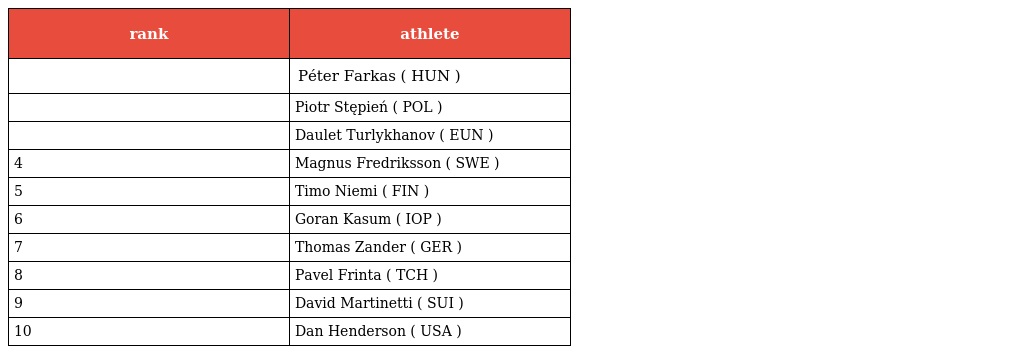
| rank | athlete |
 | --- | --- |
 |  | Péter Farkas ( HUN ) |
 |  | Piotr Stępień ( POL ) |
 |  | Daulet Turlykhanov ( EUN ) |
 | 4 | Magnus Fredriksson ( SWE ) |
 | 5 | Timo Niemi ( FIN ) |
 | 6 | Goran Kasum ( IOP ) |
 | 7 | Thomas Zander ( GER ) |
 | 8 | Pavel Frinta ( TCH ) |
 | 9 | David Martinetti ( SUI ) |
 | 10 | Dan Henderson ( USA ) |